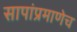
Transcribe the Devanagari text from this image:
सापांप्रमाणेच